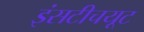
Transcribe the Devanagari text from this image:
इंसटीचयूट